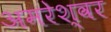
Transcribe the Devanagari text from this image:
अमरेश्‍वर